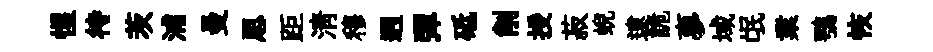
惺待茨浦曼思距清穆迥彈砥削授菽蜺逮詭夣域氓業鶚恢